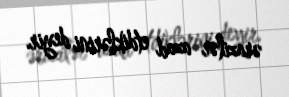
ərazilər azad etdiklərini deyir.